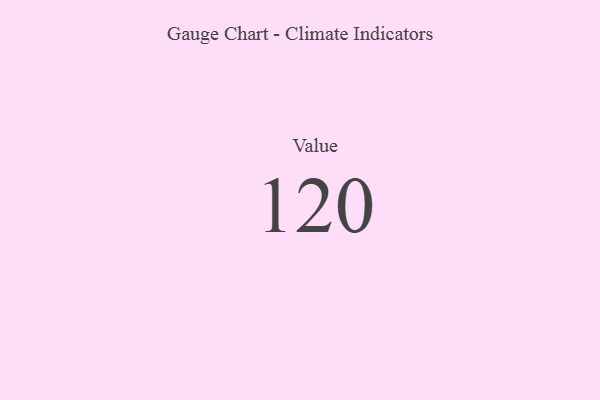
{"axis": {"x": "Metric", "y": "Value"}, "legend": [""], "data": [{"x": "Value", "y": 120, "type": ""}]}